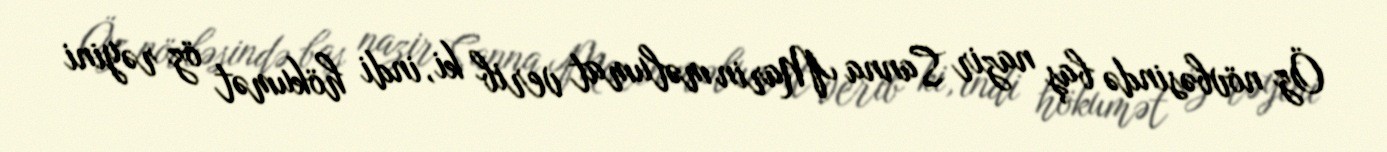
Öz növbəsində baş nazir Sanna Marin məlumat verib ki, indi hökumət öz rəyini